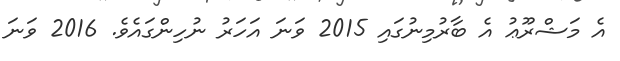
އެ މަޝްރޫޢު އެ ބާރުމިނުގައި 2015 ވަނަ އަހަރު ނުހިންގައެވެ. 2016 ވަނަ